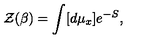
{ \cal Z } ( \beta ) = \int [ d \mu _ { x } ] e ^ { - S } ,